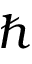
\hbar